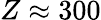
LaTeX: Z\approx 300